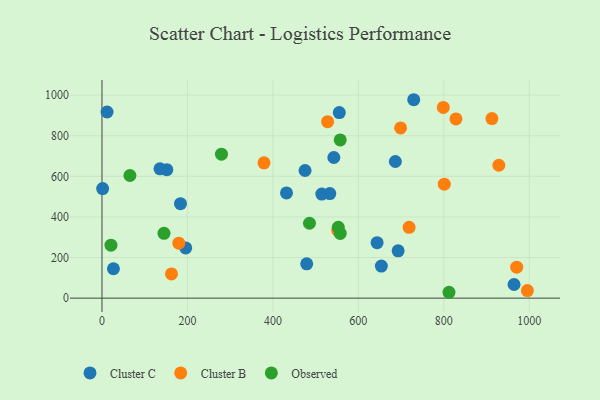
{"axis": {"x": "Investment", "y": "Fuel Efficiency"}, "legend": ["Cluster B", "Cluster C", "Observed"], "data": [{"x": "555.5", "y": 914.0, "type": "Cluster C"}, {"x": "533.3", "y": 514.9, "type": "Cluster C"}, {"x": "479.2", "y": 169.2, "type": "Cluster C"}, {"x": "686.7", "y": 673.2, "type": "Cluster C"}, {"x": "183.7", "y": 465.5, "type": "Cluster C"}, {"x": "964.5", "y": 67.1, "type": "Cluster C"}, {"x": "11.9", "y": 916.9, "type": "Cluster C"}, {"x": "196.0", "y": 247.2, "type": "Cluster C"}, {"x": "514.5", "y": 512.8, "type": "Cluster C"}, {"x": "693.2", "y": 233.2, "type": "Cluster C"}, {"x": "1.5", "y": 539.9, "type": "Cluster C"}, {"x": "26.8", "y": 144.7, "type": "Cluster C"}, {"x": "643.9", "y": 273.4, "type": "Cluster C"}, {"x": "151.7", "y": 633.0, "type": "Cluster C"}, {"x": "475.3", "y": 628.7, "type": "Cluster C"}, {"x": "431.9", "y": 518.3, "type": "Cluster C"}, {"x": "135.8", "y": 636.8, "type": "Cluster C"}, {"x": "653.9", "y": 158.0, "type": "Cluster C"}, {"x": "542.7", "y": 692.8, "type": "Cluster C"}, {"x": "729.7", "y": 977.4, "type": "Cluster C"}, {"x": "379.2", "y": 666.4, "type": "Cluster B"}, {"x": "970.7", "y": 152.3, "type": "Cluster B"}, {"x": "801.2", "y": 561.4, "type": "Cluster B"}, {"x": "995.7", "y": 37.1, "type": "Cluster B"}, {"x": "928.9", "y": 654.7, "type": "Cluster B"}, {"x": "698.9", "y": 838.3, "type": "Cluster B"}, {"x": "162.7", "y": 119.3, "type": "Cluster B"}, {"x": "528.1", "y": 869.1, "type": "Cluster B"}, {"x": "828.5", "y": 883.0, "type": "Cluster B"}, {"x": "718.8", "y": 349.0, "type": "Cluster B"}, {"x": "798.9", "y": 939.4, "type": "Cluster B"}, {"x": "179.8", "y": 270.7, "type": "Cluster B"}, {"x": "912.7", "y": 884.7, "type": "Cluster B"}, {"x": "551.8", "y": 334.0, "type": "Cluster B"}, {"x": "145.1", "y": 319.5, "type": "Observed"}, {"x": "65.4", "y": 604.1, "type": "Observed"}, {"x": "812.2", "y": 28.9, "type": "Observed"}, {"x": "485.7", "y": 368.8, "type": "Observed"}, {"x": "557.7", "y": 318.6, "type": "Observed"}, {"x": "279.7", "y": 709.4, "type": "Observed"}, {"x": "557.6", "y": 779.4, "type": "Observed"}, {"x": "21.0", "y": 261.0, "type": "Observed"}, {"x": "553.1", "y": 348.9, "type": "Observed"}]}